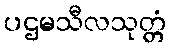
ပဌမသီလသုတ္တံ